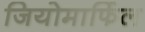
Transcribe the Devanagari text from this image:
जियोमार्फिल